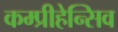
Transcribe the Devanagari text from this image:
कम्प्रीहेन्सिव